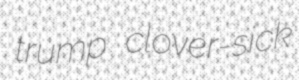
trump clover-sick